Report of an investigation into the causes of malaria in Bombay and the measures necessary for its control
Disease focus: Malaria
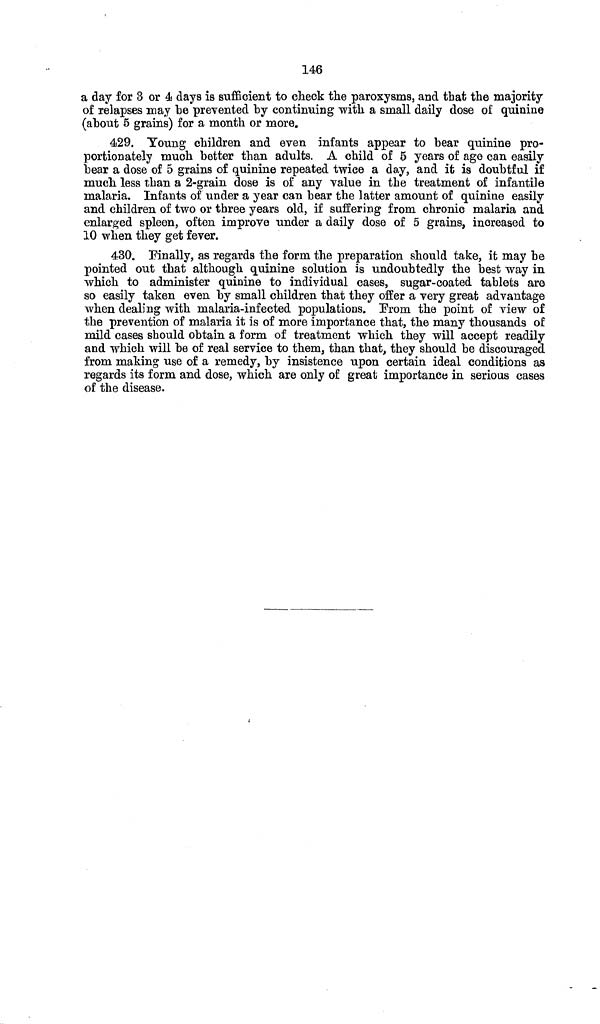
146
a day for 3 or 4 days is sufficient to check the paroxysms, and that the majority
of relapses may be prevented by continuing with a small daily dose of quinine
(about 5 grains) for a month or more.
429. Young children and even infants appear to bear quinine pro-
portionately much better than adults. A child of 5 years of age can easily
bear a dose of 5 grains of quinine repeated twice a day, and it is doubtful if
much less than a 2-grain dose is of any value in the treatment of infantile
malaria. Infants of under a year can bear the latter amount of quinine easily
and children of two or three years old, if suffering from chronic malaria and
enlarged spleen, often improve under a daily dose of 5 grains, increased to
10 when they get fever.
430. Finally, as regards the form the preparation should take, it may be
pointed out that although quinine solution is undoubtedly the best way in
which to administer quinine to individual cases, sugar-coated tablets are
so easily taken even by small children that they offer a very great advantage
when dealing with malaria-infected populations. From the point of view of
the prevention of malaria it is of more importance that, the many thousands of
mild cases should obtain a form of treatment which they will accept readily
and which will be of real service to them, than that, they should be discouraged
from making use of a remedy, by insistence upon certain ideal conditions as
regards its form and dose, which are only of great importance in serious cases
of the disease.